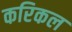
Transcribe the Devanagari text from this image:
करिकल